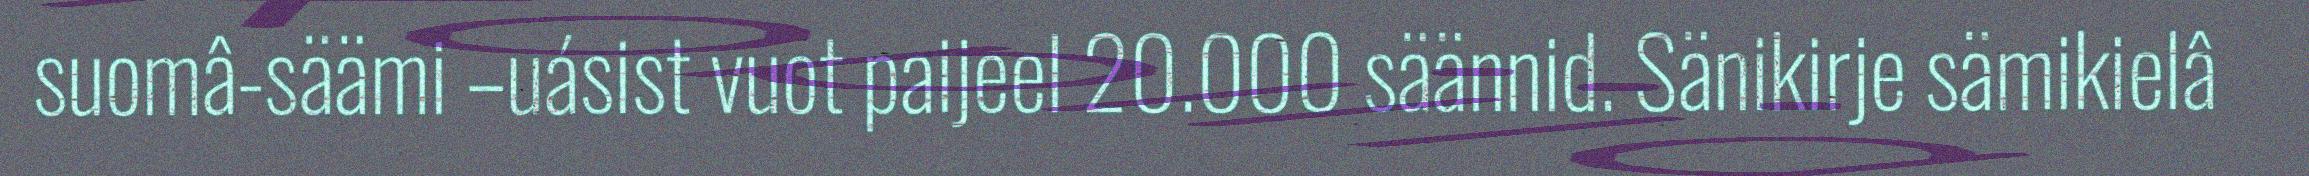
suomâ-säämi –uásist vuot paijeel 20.000 säännid. Sänikirje sämikielâ